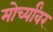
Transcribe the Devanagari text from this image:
मोर्च्यांवर